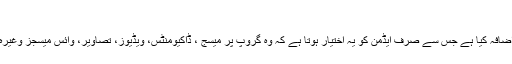
میسجز بھیجنا
واٹس ایپ نے حال ہی میں ‘رِسٹریکٹڈ گروپ’ فیچر کا اضافہ کیا ہے جس سے صرف ایڈمن کو یہ اختیار ہوتا ہے کہ وہ گروپ پر میسج ، ڈاکیومنٹس، ویڈیوز، تصاویر، وائس میسجز وغیرہ بھیجے اور گروپ ممبران انہیں صرف موصول کریں۔